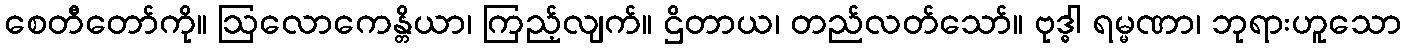
စေတီတော်ကို။ ဩလောကေန္တိယာ၊ ကြည့်လျက်။ ဌိတာယ၊ တည်လတ်သော်။ ဗုဒ္ဓါ ရမ္မဏာ၊ ဘုရားဟူသော